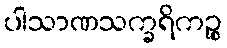
ပါသာဏသက္ခရိကဉ္စ